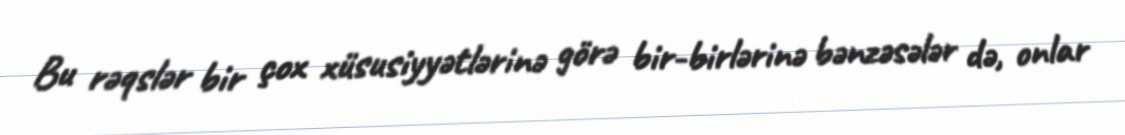
Bu rəqslər bir çox xüsusiyyətlərinə görə bir-birlərinə bənzəsələr də, onlar